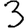
Digit: 3